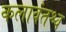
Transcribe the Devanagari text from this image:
कलावंतश्च